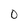
Character: O